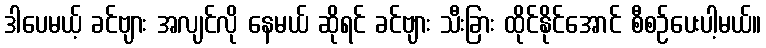
ဒါပေမယ့် ခင်ဗျား အလျင်လို နေမယ် ဆိုရင် ခင်ဗျား သီးခြား ထိုင်နိုင်အောင် စီစဉ်ပေးပါ့မယ်။